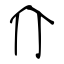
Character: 介